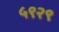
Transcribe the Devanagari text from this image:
५९२९